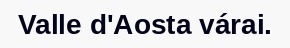
Valle d'Aosta várai.